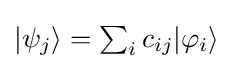
{\textstyle |\psi _{j}\rangle =\sum _{i}c_{ij}|\varphi _{i}\rangle }